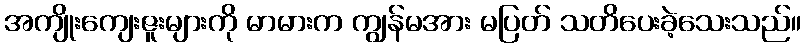
အကျိုးကျေးဇူးများကို မာမားက ကျွန်မအား မပြတ် သတိပေးခဲ့သေးသည်။